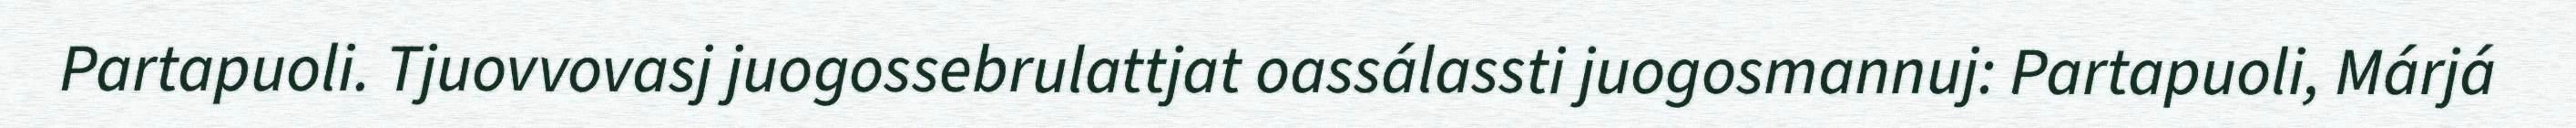
Partapuoli. Tjuovvovasj juogossebrulattjat oassálassti juogosmannuj: Partapuoli, Márjá